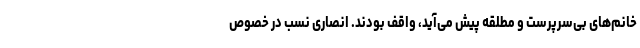
خانم‌های بی‌سرپرست و مطلقه پیش می‌آید، واقف بودند. انصاری نسب در خصوص